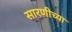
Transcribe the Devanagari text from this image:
सारणीच्या